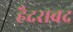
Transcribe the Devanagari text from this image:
हैदराबद